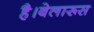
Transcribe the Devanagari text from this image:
है।बेलारूस